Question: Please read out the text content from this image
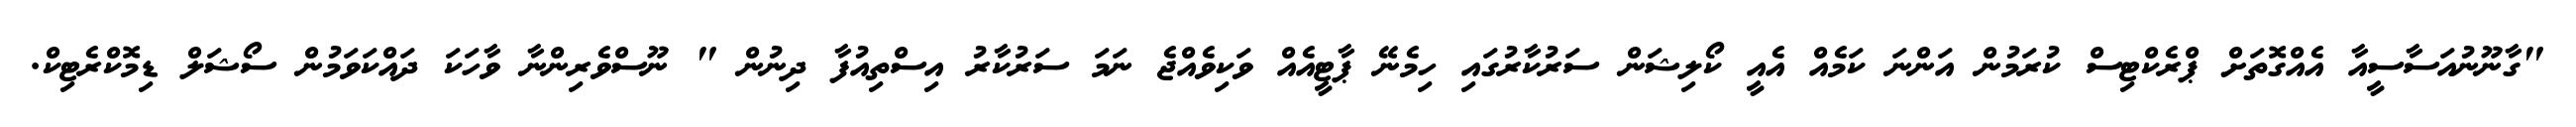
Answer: "ގާނޫނުއަސާސީއާ އެއްގޮތަށް ޕްރެކްޓިސް ކުރަމުން އަންނަ ކަމެއް އެއީ ކޯލިޝަން ސަރުކާރުގައި ހިމެނޭ ޕާޓީއެއް ވަކިވެއްޖެ ނަމަ ސަރުކާރު އިސްތިއުފާ ދިނުން " ނޫސްވެރިންނާ ވާހަކަ ދައްކަވަމުން ސޯޝަލް ޑިމޮކްރެޓިކް.